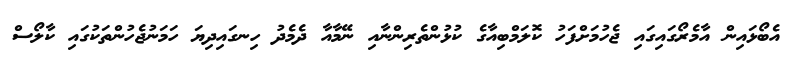
އެބޯޅައިން އާމެރޯގައިގައި ޖެހުމަށްފަހު ކޮލަމްބިއާގެ ކުޅުންތެރިންނާއި ނޭމާއާ ދެމެދު ހިނގައިދިޔަ ހަމަނުޖެހުންތަކުގައި ކާލޯސް